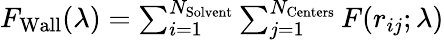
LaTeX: \begin{array}{r}{F_{\mathrm{{Wall}}}(\lambda)=\sum_{i=1}^{N_{\mathrm{{Solvent}}}}\sum_{j=1}^{N_{\mathrm{{Centers}}}}F(r_{ij};\lambda)}\end{array}